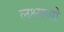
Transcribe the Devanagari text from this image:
लक्ष्मणो